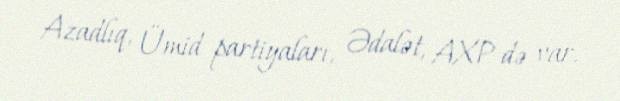
Azadlıq, Ümid partiyaları, Ədalət, AXP də var.